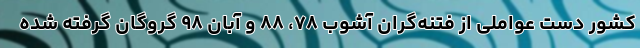
کشور دست عواملی از فتنه‌گران آشوب ۷۸، ۸۸ و آبان ۹۸ گروگان گرفته شده